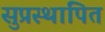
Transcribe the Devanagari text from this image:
सुप्रस्थापित